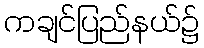
ကချင်ပြည်နယ်၌